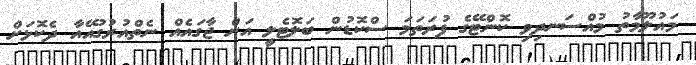
މައުލޫމާތު މުއްސަނދިވި ކޮންޓޭގެ ފުރަތަމަ ސްކޮޑުން ބަލޮޓެލީ އަށް ޖާގައެއް ނެތްއުރުގުއޭއާ ދެކޮޅަށް